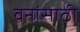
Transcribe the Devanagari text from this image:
वनांसाठी